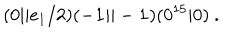
( 0 \vert \vert e _ { 1 } / 2 ) ( - { \bf 1 } \vert \vert - { \bf 1 } ) ( 0 ^ { 1 5 } \vert 0 ) ~ .